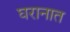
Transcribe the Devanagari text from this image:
घरानात